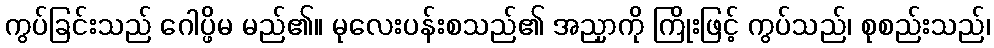
ကွပ်ခြင်းသည် ဂေါပ္ဖိမ မည်၏။ မုလေးပန်းစသည်၏ အညှာကို ကြိုးဖြင့် ကွပ်သည်၊ စုစည်းသည်၊